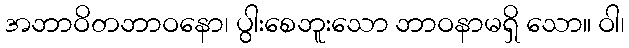
အဘာဝိတဘာဝနော၊ ပွါးစေဘူးသော ဘာဝနာမရှိ သော။ ဝါ၊